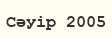
Сәуір 2005